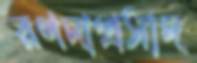
রণদাপ্রসাদ